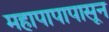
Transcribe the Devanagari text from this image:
महापापापासून